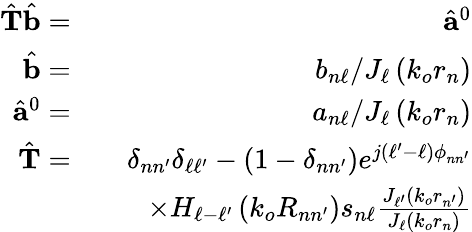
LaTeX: \begin{array}{rlr}{\hat{\mathbf{T}}\hat{\mathbf{b}}=}&{}&{\hat{\mathbf{a}}^{0}}\\ {\hat{\mathbf{b}}=}&{}&{b_{n\ell}/J_{\ell}\left(k_{o}r_{n}\right)}\\ {\hat{\mathbf{a}}^{0}=}&{}&{a_{n\ell}/J_{\ell}\left(k_{o}r_{n}\right)}\\ {\hat{\mathbf{T}}=}&{}&{\delta_{nn^{\prime}}\delta_{\ell\ell^{\prime}}-\left(1-\delta_{nn^{\prime}}\right)e^{j\left(\ell^{\prime}-\ell\right)\phi_{nn^{\prime}}}}\\ &{}&{\times H_{\ell-\ell^{\prime}}\left(k_{o}R_{nn^{\prime}}\right)s_{n\ell}\frac{J_{\ell^{\prime}}\left(k_{o}r_{n^{\prime}}\right)}{J_{\ell}\left(k_{o}r_{n}\right)}}\end{array}